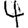
Digit: 4